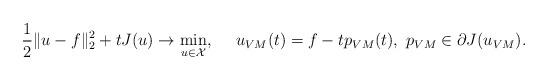
LaTeX: \begin{align*}\frac{1}2 \Vert u - f \Vert_2^2 + t J(u) \rightarrow \min_{u \in {\cal X}}, \ \ \ \ u_{VM}(t) = f - t p_{VM}(t), \ p_{VM} \in \partial J(u_{VM}) .\end{align*}